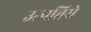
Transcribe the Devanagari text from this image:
उत्पत्तिसे